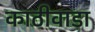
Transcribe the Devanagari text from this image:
काठीवाडा